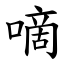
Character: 嘀